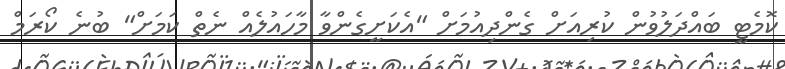
ކޮމެޓީ ބައްދަލުވުން ކުރިއަށް ގެންދިއުމަށް "އެކަށީގެންވާ މާހައުލެއް ނެތް ކަމަށް" ބުނެ ކޯރަމް